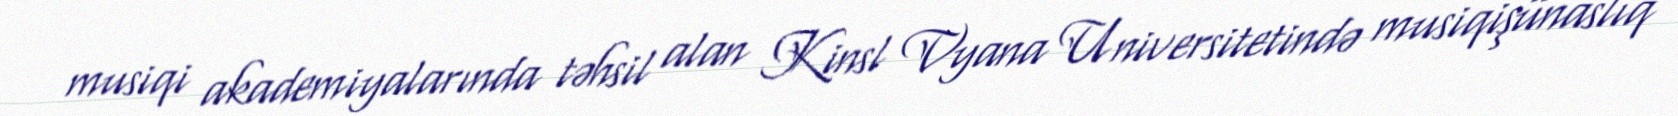
musiqi akademiyalarında təhsil alan Kinsl Vyana Universitetində musiqişünaslıq